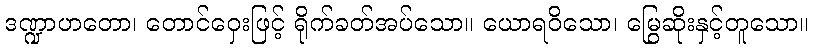
ဒဏ္ဍာဟတော၊ တောင်ဝှေးဖြင့် ရိုက်ခတ်အပ်သော။ ယောရဝိသော၊ မြွေဆိုးနှင့်တူသော။